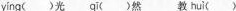
yíng (光 qī ()然 教hui()